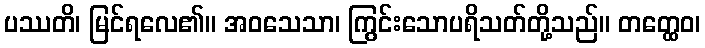
ပဿတိ၊ မြင်ရလေ၏။ အဝသေသာ၊ ကြွင်းသောပရိသတ်တို့သည်။ တတ္ထေဝ၊